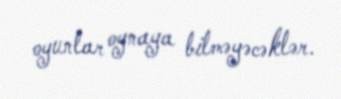
oyunlar oynaya bilməyəcəklər.